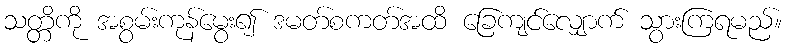
သတ္တိကို အစွမ်းကုန်မွေး၍ ဒမတ်စကတ်အထိ ခြေကျင်လျှောက် သွားကြရမည်။